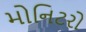
મોનિટરો